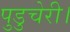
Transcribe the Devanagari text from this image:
पुडुचेरी।